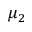
\mu _ { 2 }